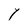
Character: Y